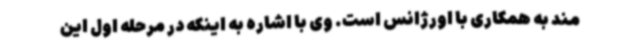
مند به همکاری با اورژانس است. وی با اشاره به اینکه در مرحله اول این